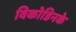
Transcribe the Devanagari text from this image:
विकोडिनके